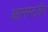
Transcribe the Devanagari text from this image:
आमस्टर्डम